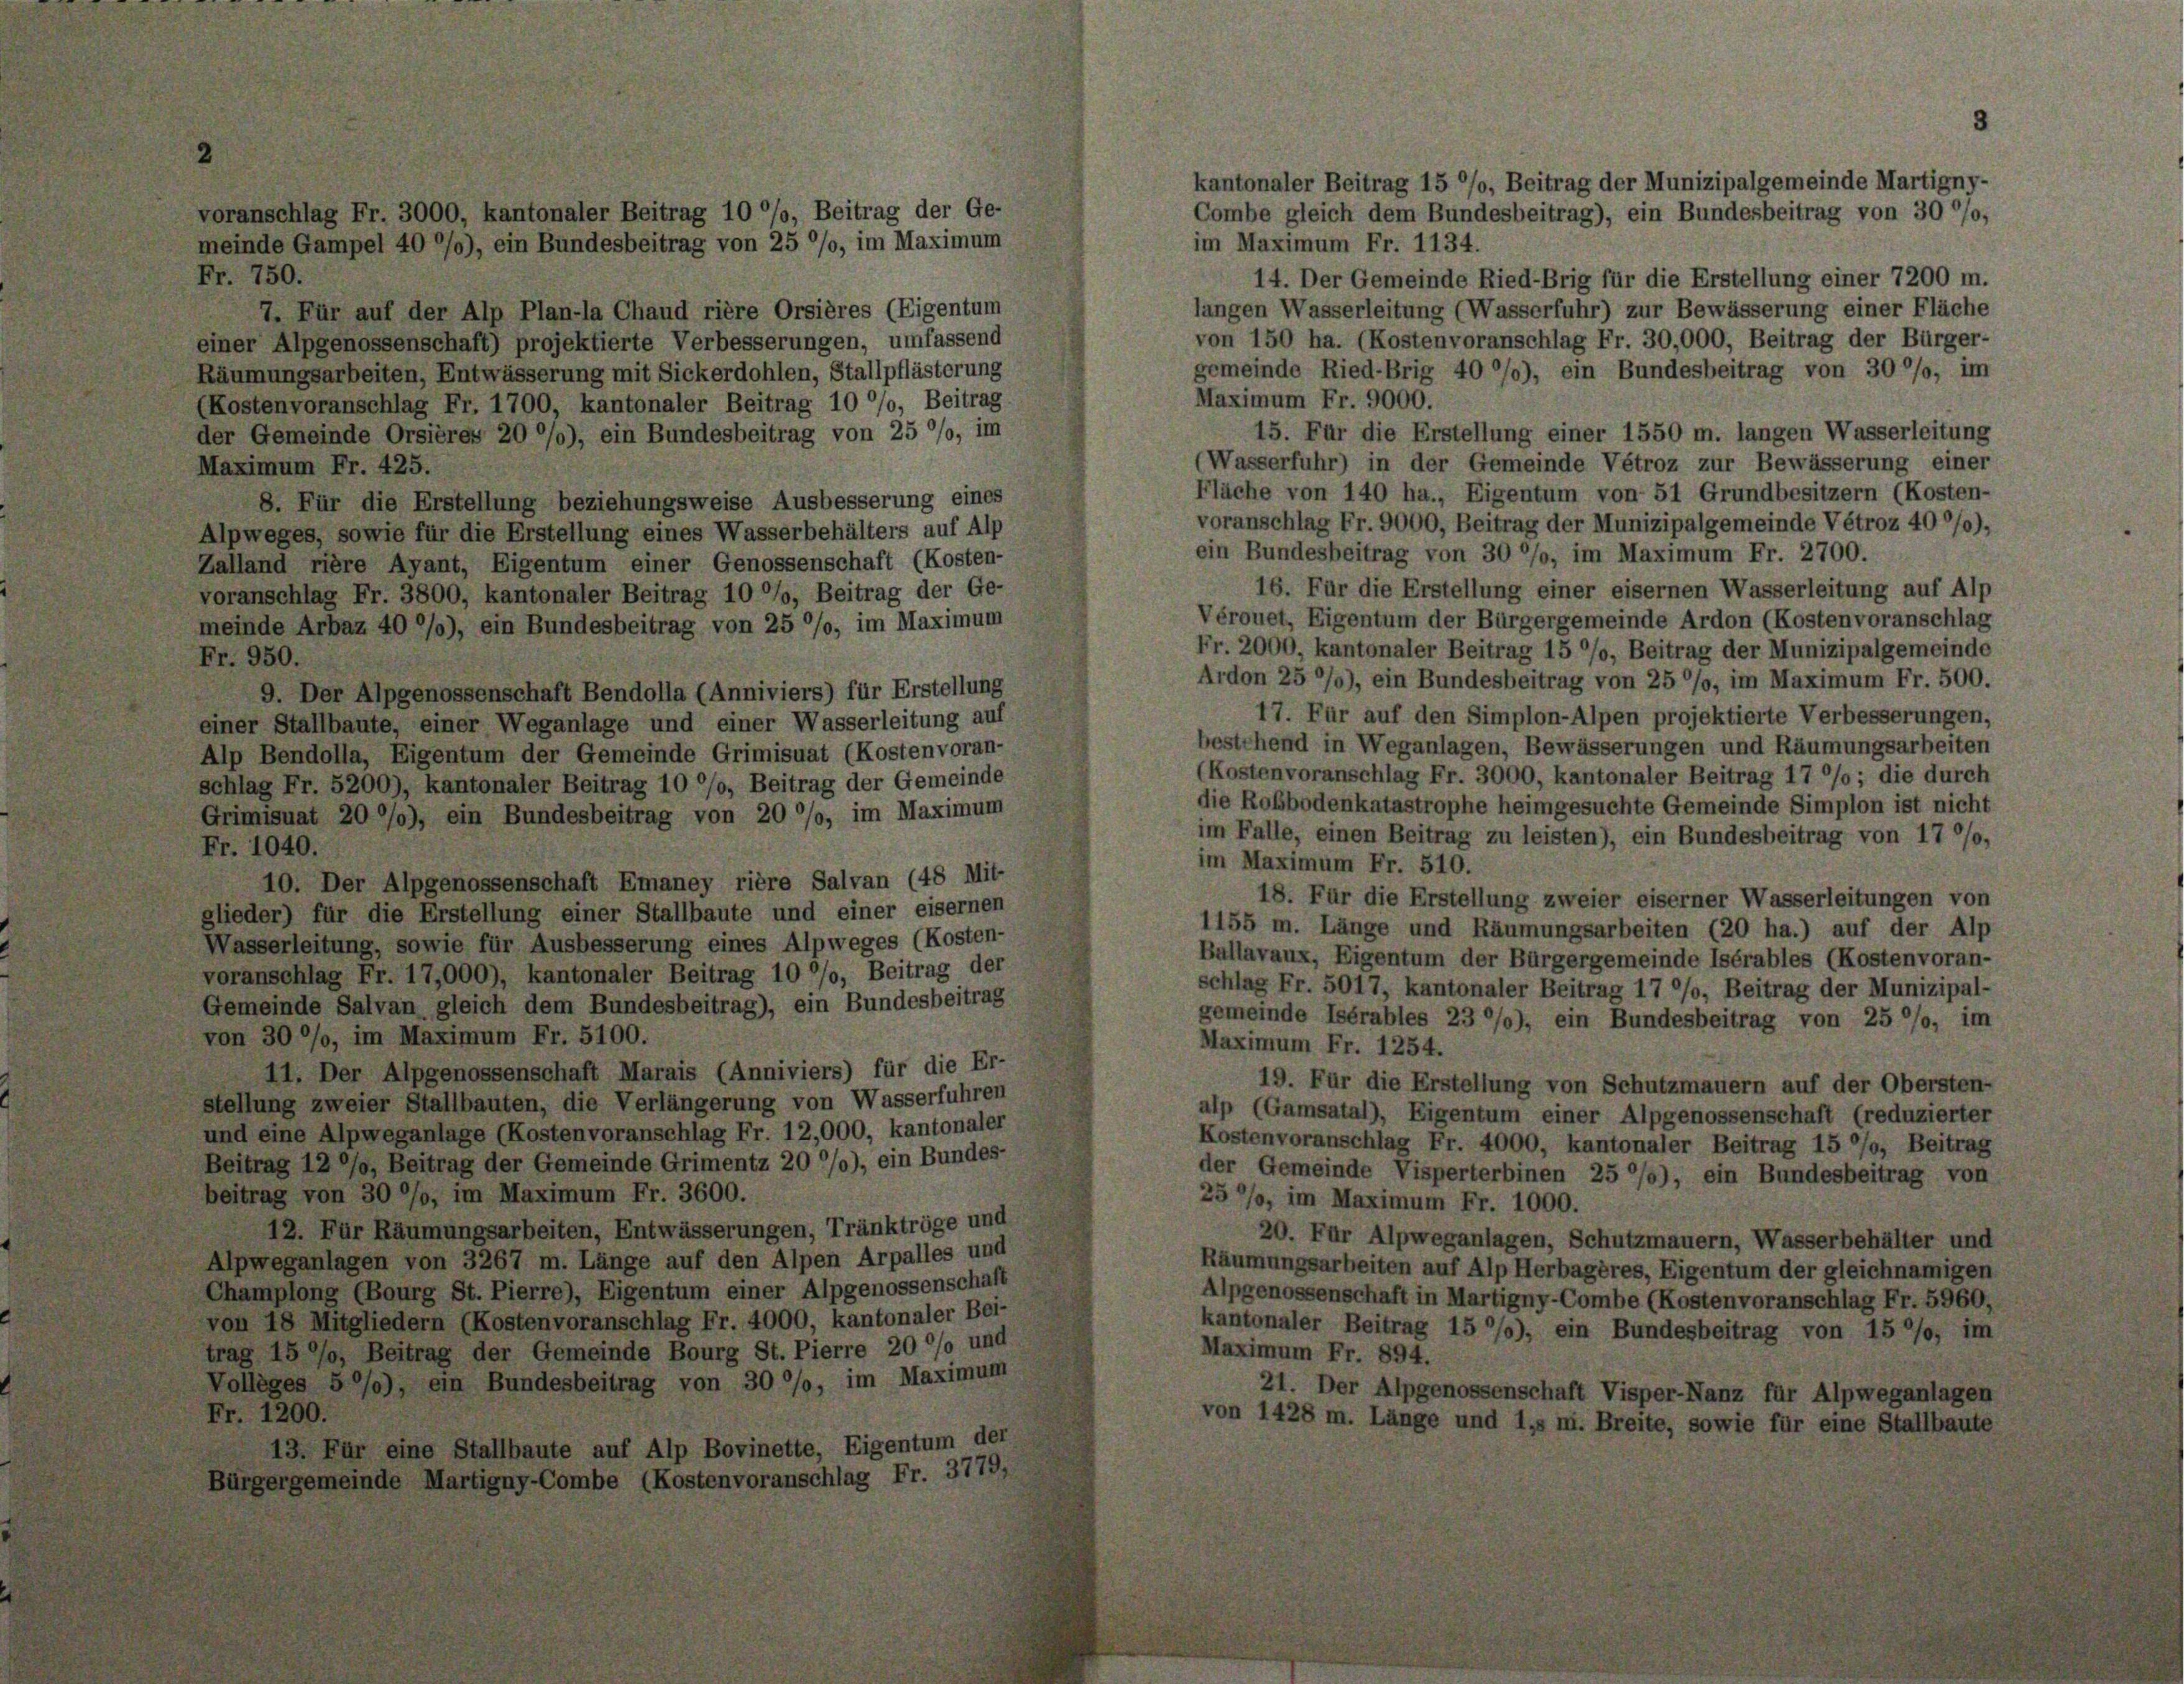
im Maximum Fr. 1134.
Fr. 750.
14. Der Gemeinde Ried-Brig für die Erstellung einer 7200 m.
langen Wasserleitung (Wasserfuhr) zur Bewässerung einer Fläche
7. Für auf der Alp Plan-la Chaud rière Orsières (Eigentum
von 150 ha. (Kostenvoranschlag Fr. 30,000, Beitrag der Bürger-
einer Alpgenossenschaft) projektierte Verbesserungen, umfassend
gemeinde Ried-Brig 40%), ein Bundesbeitrag von 300%, im
Räumungsarbeiten, Entwässerung mit Sickerdohlen, Stallpflästerung
Maximum Fr. 9000.
(Kostenvoranschlag Fr. 1700, kantonaler Beitrag 10 °/o, Beitrag
15. Für die Erstellung einer 1550 m. langen Wasserleitung
der Gemeinde Orsières 20%), ein Bundesbeitrag von 25 °/o, im
(Wasserfuhr) in der Gemeinde Vétroz zur Bewässerung einer
Maximum Fr. 425.
Fläche von 140 ha., Eigentum von 51 Grundbesitzern (Kosten-
8. Für die Erstellung beziehungsweise Ausbesserung eines
voranschlag Fr. 9000, Beitrag der Munizipalgemeinde Vétroz 40/0),
Alpweges, sowie für die Erstellung eines Wasserbehälters auf Alp
ein Bundesbeitrag von 30 °/o, im Maximum Fr. 2700.
Zalland rière Ayant, Eigentum einer Genossenschaft (Kosten-
16. Für die Erstellung einer eisernen Wasserleitung auf Alp
voranschlag Fr. 3800, kantonaler Beitrag 10 °/o, Beitrag der Ge-
Vérouet, Eigentum der Bürgergemeinde Ardon (Kostenvoranschlag
meinde Arbaz 40%), ein Bundesbeitrag von 25 °/o, im Maximum
Fr. 2000, kantonaler Beitrag 15 °/o, Beitrag der Munizipalgemeinde
Fr. 950.
Ardon 25 0/0), ein Bundesbeitrag von 25 °/o, im Maximum Fr. 500.
9. Der Alpgenossenschaft Bendolla (Anniviers) für Erstellung
17. Für auf den Simplon-Alpen projektierte Verbesserungen,
einer Stallbaute, einer Weganlage und einer Wasserleitung auf
bestehend in Weganlagen, Bewässerungen und Räumungsarbeiten
Alp Bendolla, Eigentum der Gemeinde Grimisuat (Kostenvoran-
(Kostenvoranschlag Fr. 3000, kantonaler Beitrag 17 °/o ; die durch
schlag Fr. 5200), kantonaler Beitrag 10 °/o, Beitrag der Gemeinde
die Roßbodenkatastrophe heimgesuchte Gemeinde Simplon ist nicht
Grimisuat 2000), ein Bundesbeitrag von 20 %%, im Maximum
im Falle, einen Beitrag zu leisten), ein Bundesbeitrag von 17 °/o,
Fr. 1040.
im Maximum Fr. 510.
10. Der Alpgenossenschaft Emaney rière Salvan (48 Mit-
18. Für die Erstellung zweier eiserner Wasserleitungen von
glieder) für die Erstellung einer Stallbaute und einer eisernen
1155 m. Länge und Räumungsarbeiten (20 ha.) auf der Alp
Wasserleitung, sowie für Ausbesserung eines Alpweges (Kosten-
Ballavaux, Eigentum der Bürgergemeinde Isérables (Kostenvoran-
voranschlag Fr. 17,000), kantonaler Beitrag 10 °/o, Beitrag der
schlag Fr. 5017, kantonaler Beitrag 17 °/o, Beitrag der Munizipal-
Gemeinde Salvan gleich dem Bundesbeitrag), ein Bundesbeitrag
gemeinde Isérables 23 °/0), ein Bundesbeitrag von 25 °/o, im
von 30 °/o, im Maximum Fr. 5100.
Maximum Fr. 1254.
411. Der Alpgenossenschaft Marais (Anniviers) für die Er-
19. Für die Erstellung von Schutzmauern auf der Obersten-
stellung zweier Stallbauten, die Verlängerung von Wasserfuhren
alp (Gamsatal), Eigentum einer Alpgenossenschaft (reduzierter
und eine Alpweganlage (Kostenvoranschlag Fr. 12,000, kantonaler
Kostenvoranschlag Fr. 4000, kantonaler Beitrag 15 °/o, Beitrag
Beitrag 12 °/o, Beitrag der Gemeinde Grimentz 20 %%), ein Bundes-
der Gemeinde Visperterbinen 25 %%), ein Bundesbeitrag von
beitrag von 30 °/o, im Maximum Fr. 3600.
25%, im Maximum Fr. 1000.
12. Für Räumungsarbeiten, Entwässerungen, Tränktröge und
20. Für Alpweganlagen, Schutzmauern, Wasserbehälter und
Alpweganlagen von 3267 m. Länge auf den Alpen Arpalles und
Räumungsarbeiten auf Alp Herbagères, Eigentum der gleichnamigen
Champlong (Bourg St. Pierre), Eigentum einer Alpgenossenschaft
Alpgenossenschaft in Martigny-Combe (Kostenvoranschlag Fr. 5960.
von 18 Mitgliedern (Kostenvoranschlag Fr. 4000, kantonaler Bei-
kantonaler Beitrag 157), ein Bundesbeitrag von 15 °/o, im
trag 15 °/o, Beitrag der Gemeinde Bourg St. Pierre 20 % und
Maximum Fr. 894.
Volleges 5 °/0), ein Bundesbeitrag von 30 %%, im Maximum
21. Der Alpgenossenschaft Visper-Nanz für Alpweganlagen
Fr. 1200.
von 1428 m. Länge und 1., n. Breite, sowie für eine Stallbaute
13. Für eine Stallbaute auf Alp Bovinette, Eigentum der
Bürgergemeinde Martigny-Combe (Kostenvoranschlag Fr. 3779,

voranschlag Fr. 3000, kantonaler Beitrag 10 °/o, Beitrag der Ge-
meinde Gampel 40%), ein Bundesbeitrag von 25 °/o, im Maximum

kantonaler Beitrag 15 °/o, Beitrag der Munizipalgemeinde Martigny-
Combe gleich dem Bundesbeitrag), ein Bundesbeitrag von 30 °/o,

3